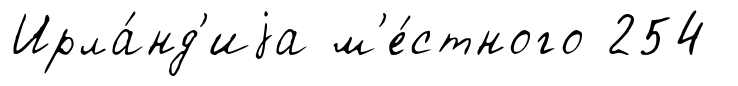
Ирла́нд'иjа м'е́стного 254